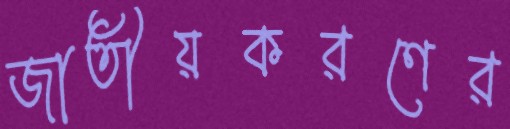
জাতীয়করণের